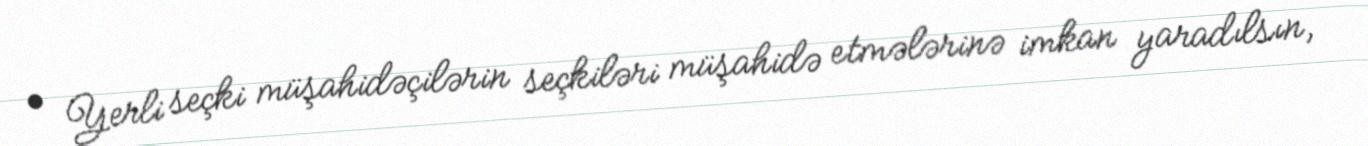
• Yerli seçki müşahidəçilərin seçkiləri müşahidə etmələrinə imkan yaradılsın,